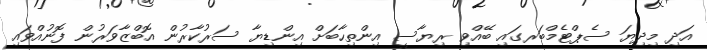
އަދި މިދިޔަ ސެޕްޓެމްބަރގައި ބޭއްވި ރިޔާސީ އިންތިހާބަށް އިންޑިޔާ ސަރުކާރުން އޮބްޒާވަރުން ފޮނުއްވައި